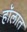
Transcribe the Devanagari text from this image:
हॉलात